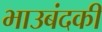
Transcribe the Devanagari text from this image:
भाउबंदकी